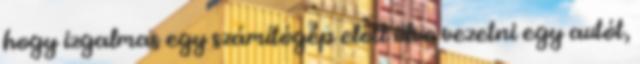
hogy izgalmas egy számítógép előtt ülve vezetni egy autót,